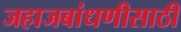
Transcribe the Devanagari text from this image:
जहाजबांधणीसाठी